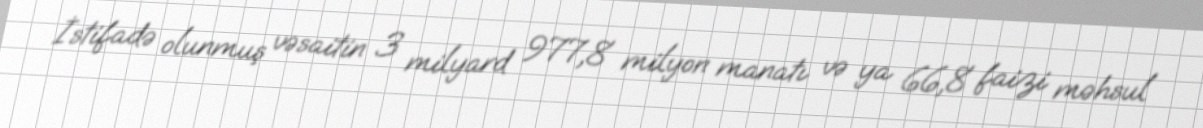
İstifadə olunmuş vəsaitin 3 milyard 977,8 milyon manatı və ya 66,8 faizi məhsul